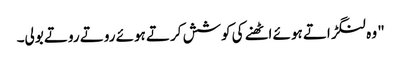
" وہ لنگڑاتے ہوئے اٹھنے کی کوشش کرتے ہوئے روتے روتے بولی۔